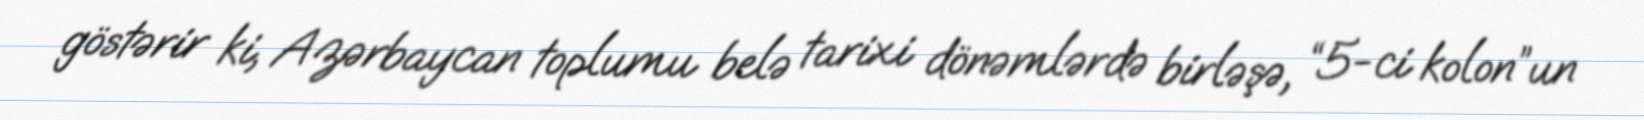
göstərir ki, Azərbaycan toplumu belə tarixi dönəmlərdə birləşə, “5-ci kolon”un